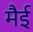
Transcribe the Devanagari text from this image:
मैई